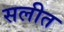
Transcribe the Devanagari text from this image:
सलीत